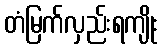
တံမြက်လှည်းရကျိုး